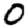
Digit: 0